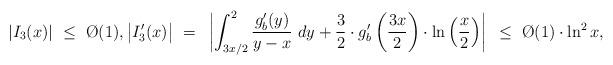
LaTeX: \begin{align*}|I_3(x)|~\leq~\O(1),\big|I'_3(x)\big|~=~\left|\int_{3x/2}^{2}{g_b'(y)\over y-x}~dy+{3 \over 2}\cdot g'_b\left({3x\over 2}\right)\cdot\ln\left({x\over 2}\right)\right|~\leq~\O(1)\cdot\ln^2x,\end{align*}